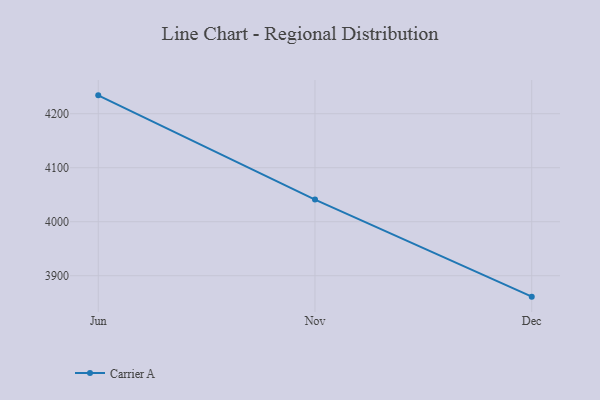
{"axis": {"x": "Month", "y": "Budget (USD K)"}, "legend": ["Carrier A"], "data": [{"x": "Jun", "y": 4234.1, "type": "Carrier A"}, {"x": "Nov", "y": 4041.1, "type": "Carrier A"}, {"x": "Dec", "y": 3861.3, "type": "Carrier A"}]}